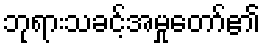
ဘုရားသခင့်အမှုတော်၏